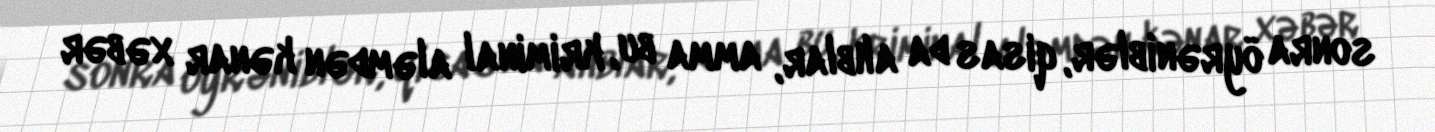
sonra öyrəniblər, qisas da alıblar, amma bu, kriminal aləmdən kənar xəbər